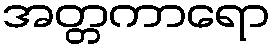
အတ္တကာရော